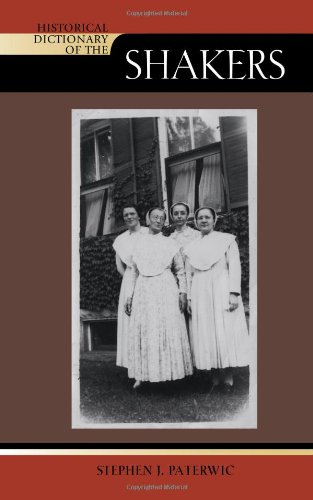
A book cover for Historical Dictionary of the Shakers (Historical Dictionaries of Religions, Philosophies, and Movements Series); Stephen J. Paterwic; Christian Books & Bibles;